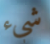
شيء